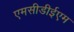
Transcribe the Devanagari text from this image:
एमसीडीईएम